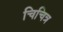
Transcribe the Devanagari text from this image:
चिचित्र